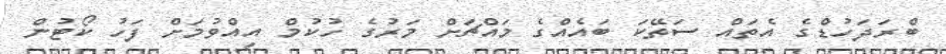
ބްރަދަހުޑްގެ އެތައް ސަތޭކަ ބައެއްގެ މައްޗަށް މަރުގެ ހުކުމް އިއްވުމަށް ފަހު ކޯޓުން